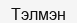
Тэлмэн